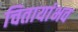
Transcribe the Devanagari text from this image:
चितायांभव